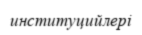
институцийлері